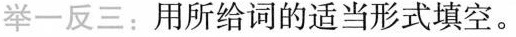
举一反三:用所给词的适当形式填空。